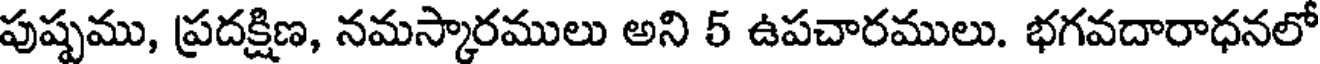
పుష్పము, ప్రదక్షిణ, నమస్కారములు అని 5 ఉపచారములు. భగవదారాధనలో